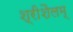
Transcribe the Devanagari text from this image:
श्रीशैलम्